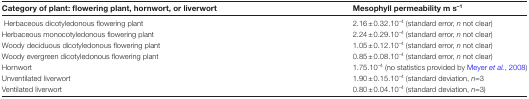
<table><thead><tr><td><b>Category of plant: flowering plant, hornwort, or liverwort</b></td><td><b>Mesophyll permeability m s<sup>–1</sup></b></td></tr></thead><tbody><tr><td> Herbaceous dicotyledonous flowering plant</td><td>2.16±0.32.10<sup>–4</sup> (standard error, <i>n</i> not clear)</td></tr><tr><td>Herbaceous monocotyledonous flowering plant</td><td>2.24±0.29.10<sup>–4</sup> (standard error, <i>n</i> not clear)</td></tr><tr><td>Woody deciduous dicotyledonous flowering plant</td><td>1.05±0.12.10<sup>–4</sup> (standard error, <i>n</i> not clear)</td></tr><tr><td>Woody evergreen dicotyledonous flowering plant</td><td>0.85±0.08.10<sup>–4</sup> (standard error, <i>n</i> not clear)</td></tr><tr><td>Hornwort</td><td>1.75.10<sup>–4</sup> (no statistics provided by Meyer <i>et al.</i>, 2008)</td></tr><tr><td>Unventilated liverwort</td><td>1.90±0.15.10<sup>–4</sup> (standard deviation, <i>n</i>=3</td></tr><tr><td>Ventilated liverwort</td><td>0.80±0.04.10<sup>–4</sup> (standard deviation, <i>n</i>=3)</td></tr></tbody></table>